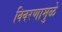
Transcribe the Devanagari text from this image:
विवरणामुळे